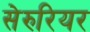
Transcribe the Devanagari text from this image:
सेरुरियर